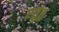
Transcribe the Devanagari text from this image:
एतुहु